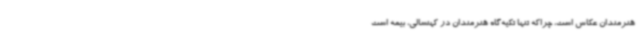
هنرمندان عکاس است، چراکه تنها تکیه‌گاه هنرمندان در کهنسالی، بیمه است